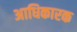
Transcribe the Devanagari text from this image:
अाधिकारक